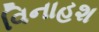
વિનાહશ